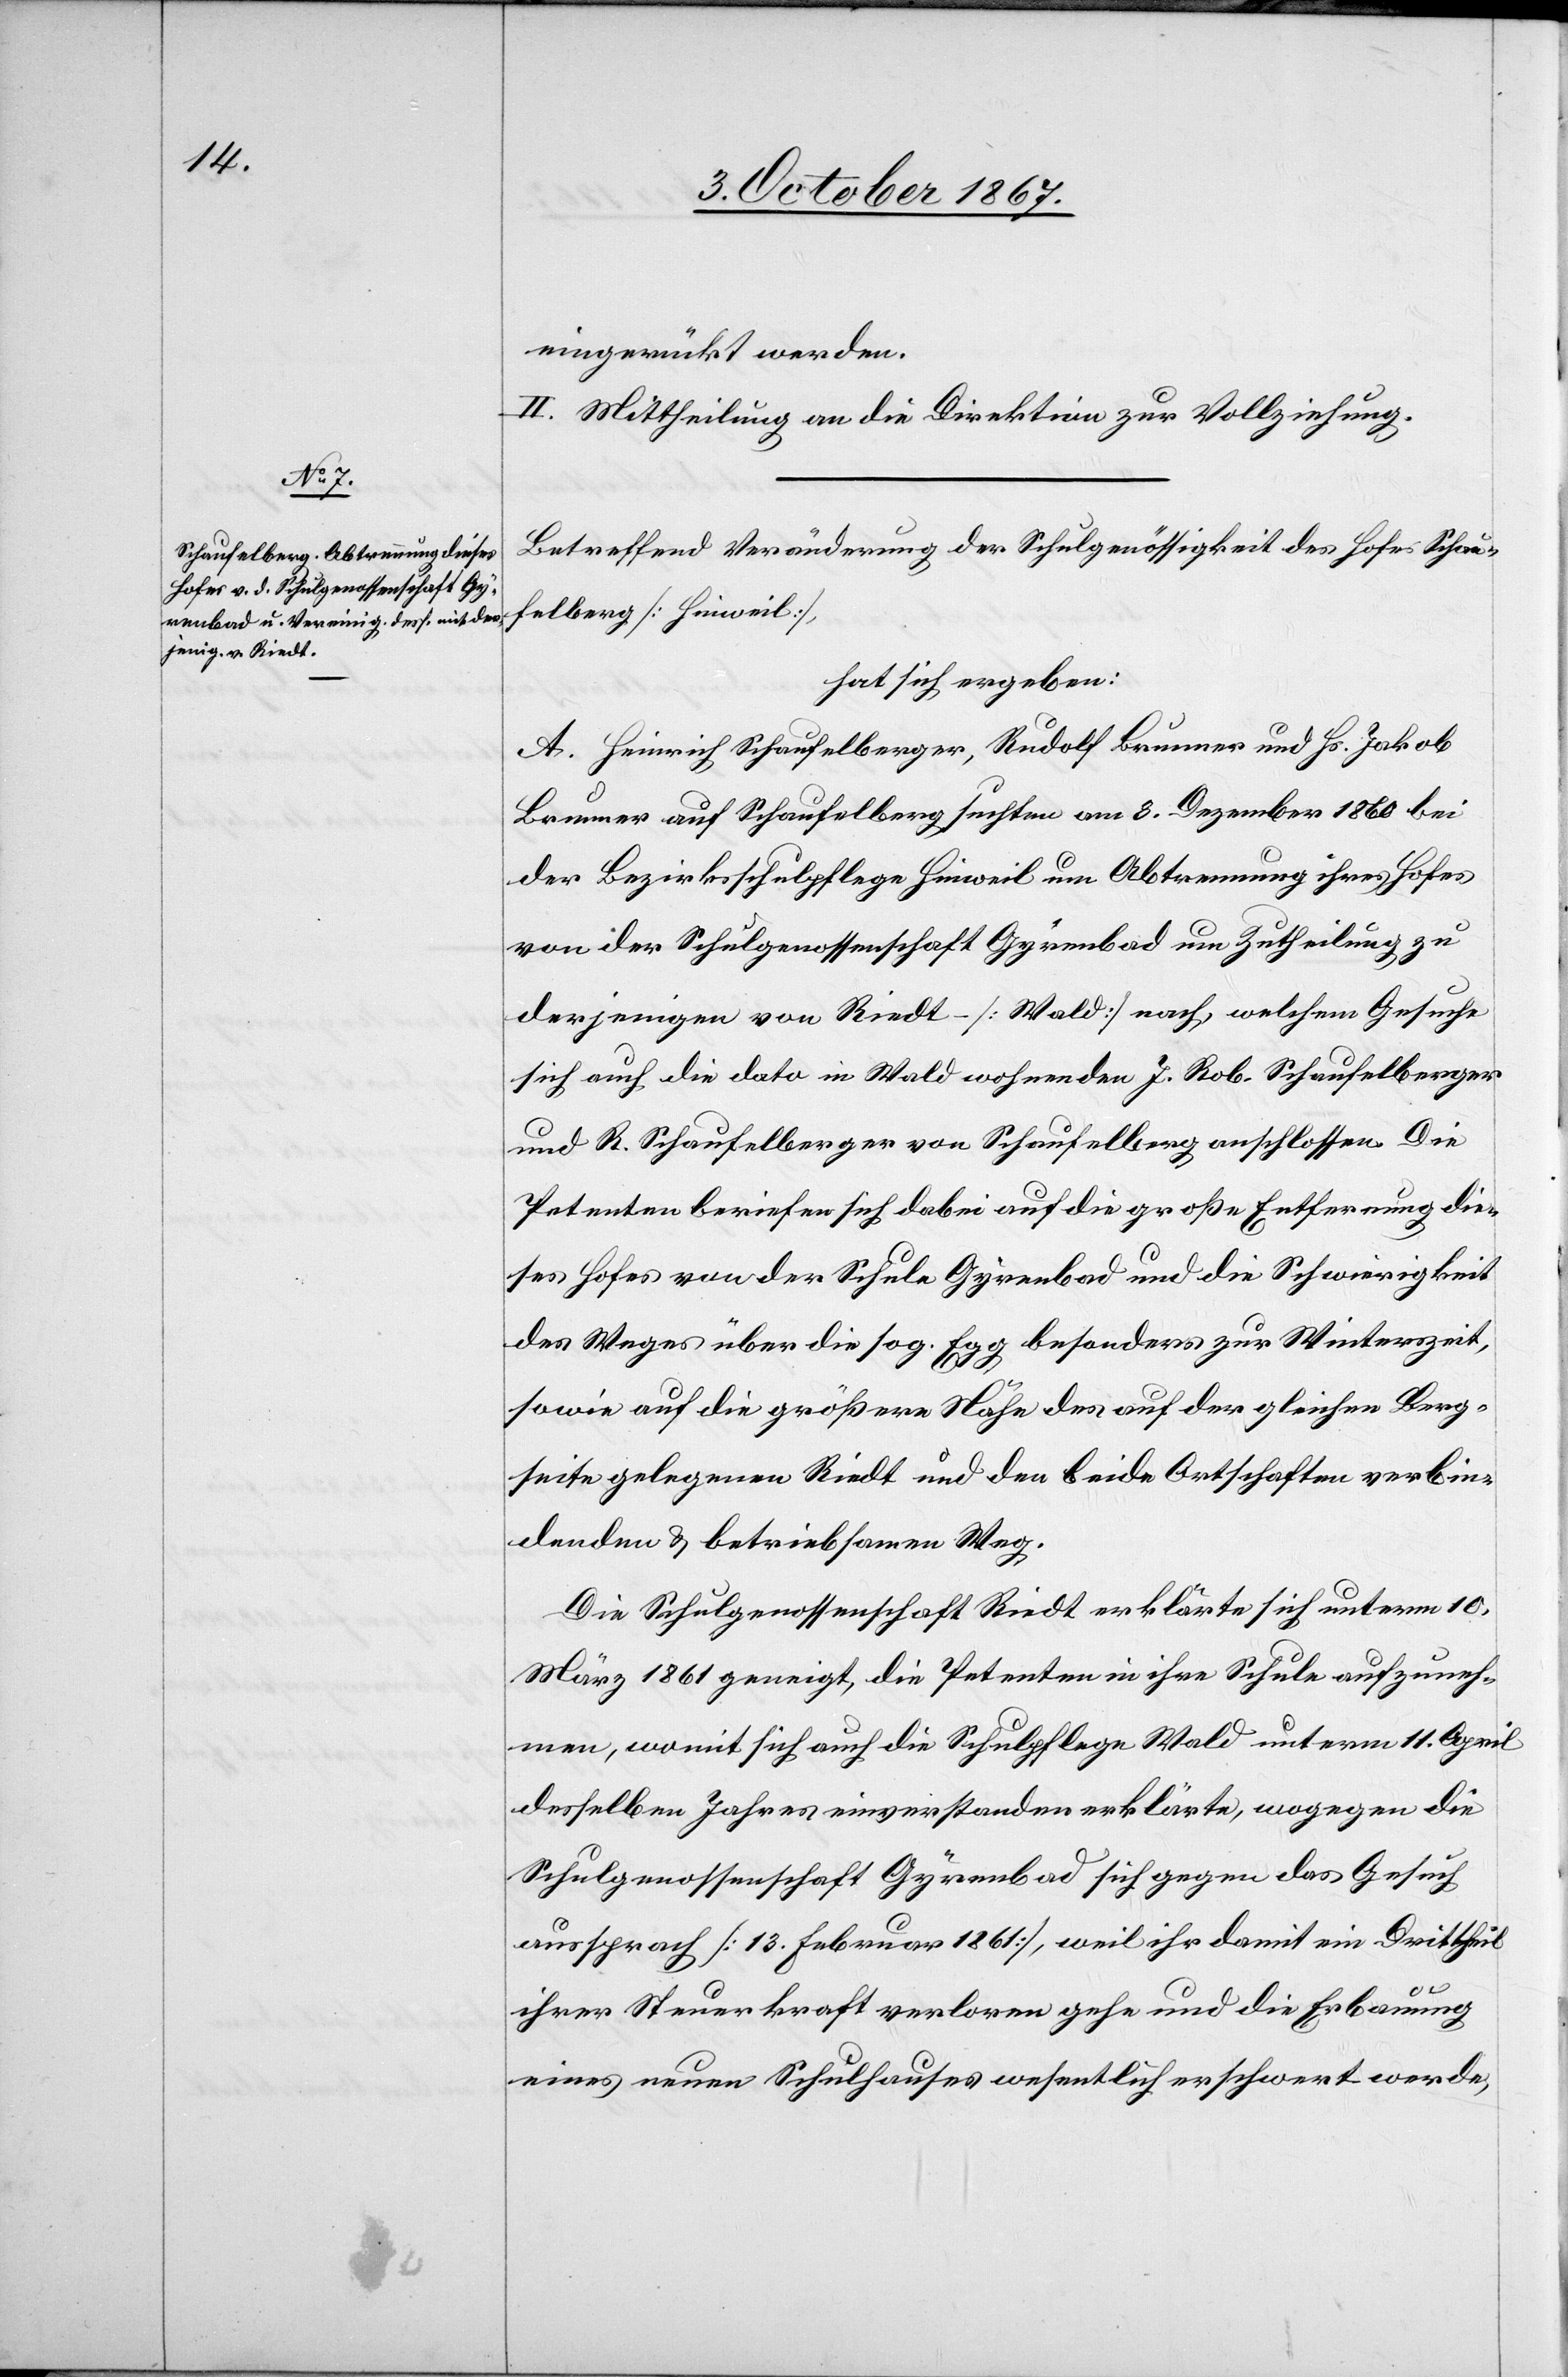
eingerückt werden.
II. Mittheilung an die Direktion zur Vollziehung.